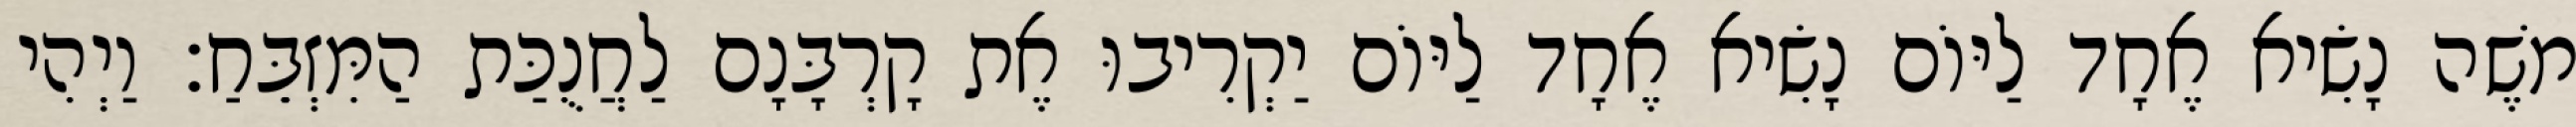
משֶׁה נָשִׂיא אֶחָד לַיּוֹם נָשִׂיא אֶחָד לַיּוֹם יַקְרִיבוּ אֶת קָרְבָּנָם לַחֲנֻכַּת הַמִּזְבֵּחַ׃ וַיְהִי